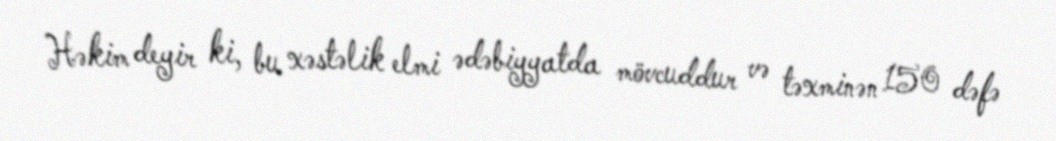
Həkim deyir ki, bu xəstəlik elmi ədəbiyyatda mövcuddur və təxminən 150 dəfə